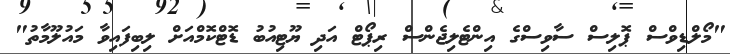
"މޯލްޑިވްސް ޕޮލިސް ސާވިސްގެ އިންޓެލިޖެންސް ރިޕޯޓް އަދި ޔޫޓިއުބު ޑޮޓްކޮމްއަށް ލިބިފައިވާ މައުލޫމާތު"